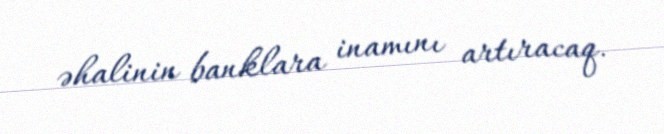
əhalinin banklara inamını artıracaq.